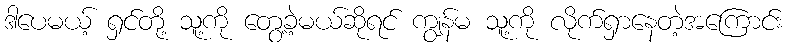
ဒါပေမယ့် ရှင်တို့ သူ့ကို တွေ့ခဲ့မယ်ဆိုရင် ကျွန်မ သူ့ကို လိုက်ရှာနေတဲ့အကြောင်း